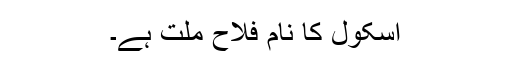
اسکول کا نام فلاح ملت ہے۔